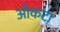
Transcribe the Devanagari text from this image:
ओकटा